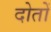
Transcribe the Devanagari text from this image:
दोतों